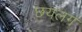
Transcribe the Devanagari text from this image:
छयलग